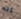
انه